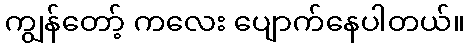
ကျွန်တော့် ကလေး ပျောက်နေပါတယ်။